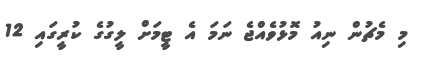
މި މެޗުން ނިއު މޮޅުވެއްޖެ ނަމަ އެ ޓީމަށް ލީގުގެ ކުރީގައި 12